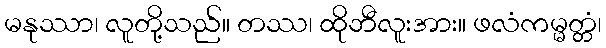
မနုဿာ၊ လူတို့သည်။ တဿ၊ ထိုဘီလူးအား။ ဖလံကမ္မတ္တံ၊